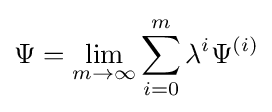
\Psi =\lim _{m\to \infty }\sum _{i=0}^{m}\lambda ^{i}\Psi ^{(i)}